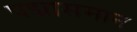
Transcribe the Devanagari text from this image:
पद्मासमान